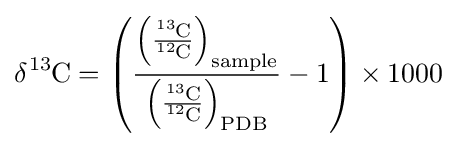
{\ce {\delta ^{13}C}}=\left({\frac {\left({\frac {{\ce {^{13}C}}}{{\ce {^{12}C}}}}\right)_{{\ce {sample}}}}{\left({\frac {{\ce {^{13}C}}}{{\ce {^{12}C}}}}\right)_{{\ce {PDB}}}}}-1\right)\times 1000